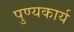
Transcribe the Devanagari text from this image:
पुण्यकार्य